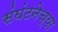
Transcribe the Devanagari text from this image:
संघंटनेच्या